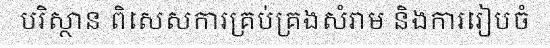
បរិស្ថាន ពិសេសការគ្រប់គ្រងសំរាម និងការរៀបចំ